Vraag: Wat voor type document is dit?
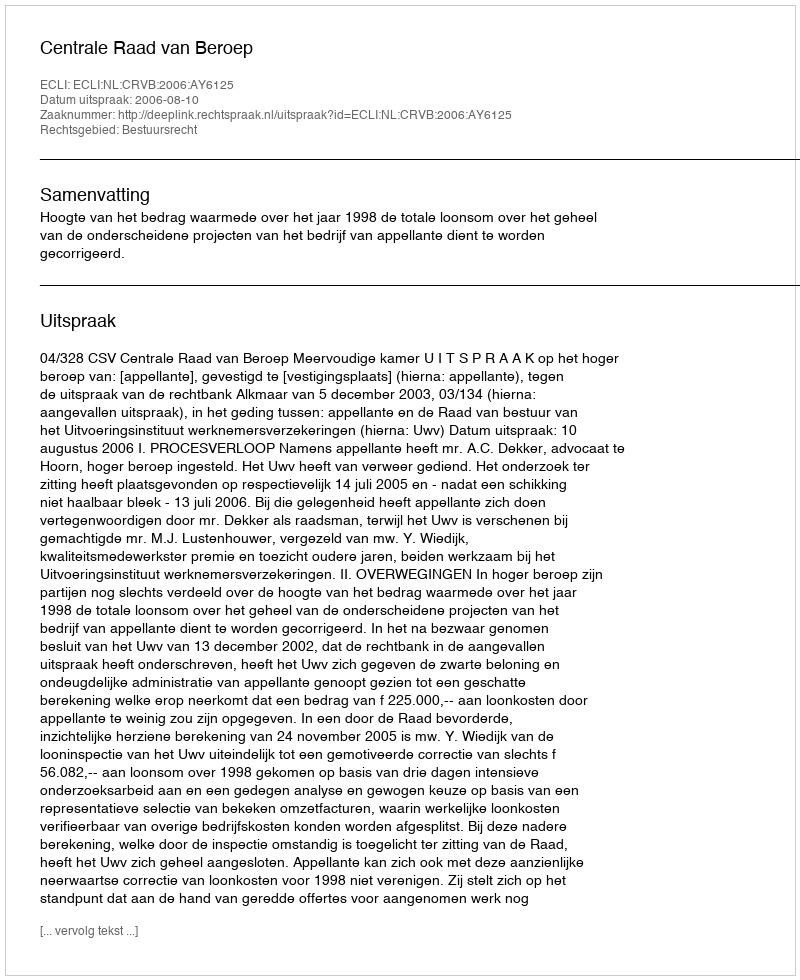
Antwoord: Uitspraak